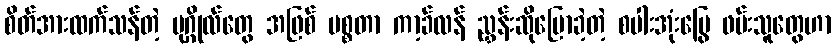
စိတ်အားထက်သန်တဲ့ ပုဂ္ဂိုလ်တွေ အဖြစ် မစ္စတာ ကာ့ခ်လန် ညွှန်းဆိုပြောခဲ့တဲ့ စပါးအုံးမြွေ ဖမ်းသူတွေဟာ